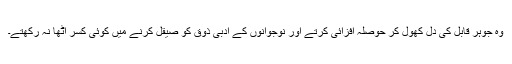
وہ جوہر قابل کی دل کھول کر حوصلہ افزائی کرتے اور نوجوانوں کے ادبی ذوق کو صیقل کرنے میں کوئی کسر اٹھا نہ رکھتے۔